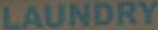
LAUNDRY